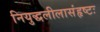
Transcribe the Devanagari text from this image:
नियुद्धलीलासंहृष्टः